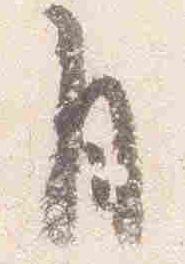
自